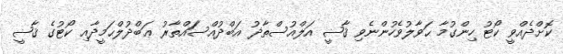
ކޮށްދެއްވީ ކޯޓު ހިންގުމާ ޙަވާލުވެހުންނެވި ޤާޟީ އަލްއުސްތާޛު އަބްދުއްސަައްތާރު ޢަބްދުލްޙަމީދާއި ކޯޓުގެ ޤާޟީ